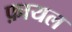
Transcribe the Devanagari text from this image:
फ़ायल